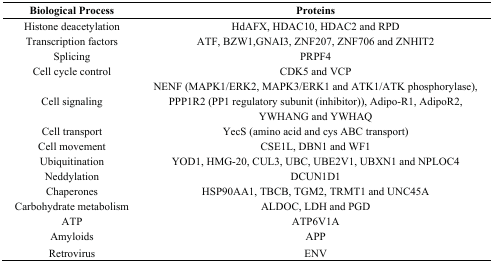
| Biological Process | Proteins |
 | --- | --- |
 | Histone deacetylation | HdAFX, HDAC10, HDAC2 and RPD |
 | Transcription factors | ATF, BZW1,GNAI3, ZNF207, ZNF706 and ZNHIT2 |
 | Splicing | PRPF4 |
 | Cell cycle control | CDK5 and VCP |
 | Cell signaling | NENF (MAPK1/ERK2, MAPK3/ERK1 and ATK1/ATK phosphorylase), PPP1R2 (PP1 regulatory subunit (inhibitor)), Adipo-R1, AdipoR2, YWHANG and YWHAQ |
 | Cell transport | YecS (amino acid and cys ABC transport) |
 | Cell movement | CSE1L, DBN1 and WF1 |
 | Ubiquitination | YOD1, HMG-20, CUL3, UBC, UBE2V1, UBXN1 and NPLOC4 |
 | Neddylation | DCUN1D1 |
 | Chaperones | HSP90AA1, TBCB, TGM2, TRMT1 and UNC45A |
 | Carbohydrate metabolism | ALDOC, LDH and PGD |
 | ATP | ATP6V1A |
 | Amyloids | APP |
 | Retrovirus | ENV |